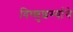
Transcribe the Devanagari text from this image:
विष्णुशर्म्याचे